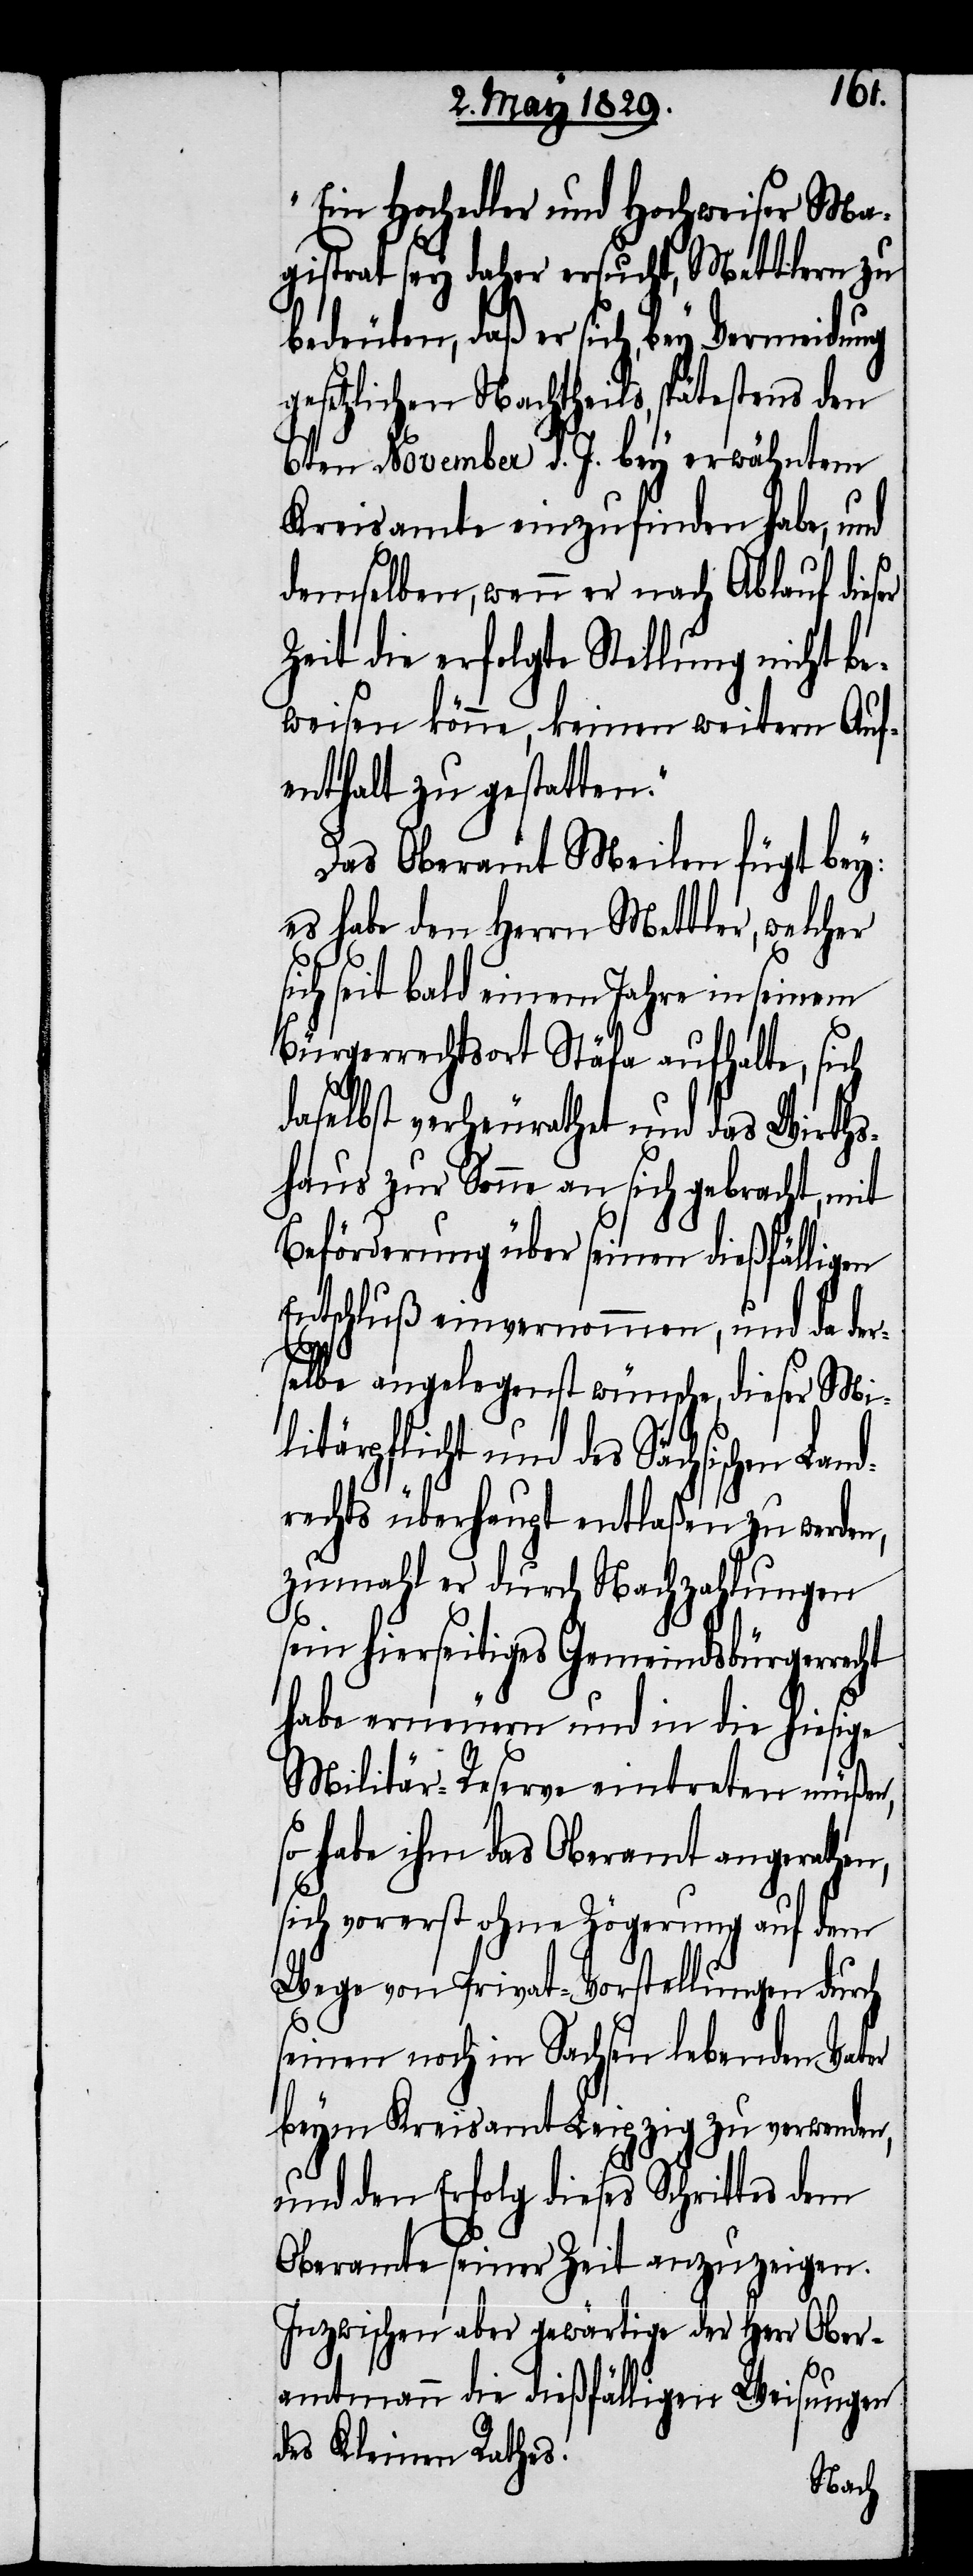
nd¬
Ein Hochedler und Hochweiser Ma¬
gistrat sey daher ersucht, Mettlern zu
bedeuten, daß er sich, bey Vermeidung
gesetzlichen Nachtheils, spätestens den
6ten November d. J. bey erwähntem
Kreisamte einzufinden habe, und
demselben, wenn er nach Ablauf dieser
Zeit die erfolgte Stellung nicht be¬
weisen könne, keinen weitern Auf¬
enthalt zu gestatten.“
Das Oberamt Meilen fügt bey:
es habe den Herrn Mettler, welcher
ich seit bald einem Jahr in seinem
Bürgerrechtsorte Stäfa aufhalte, sich
daselbst verheurathet und das Wirths¬
haus zur Sonne an sich gebracht, mit
Beförderung über seinen dießfälligen
Entschluß einvernommen, und da der¬
selbe angelegenst wünsche, dieser Mi¬
litärpflicht und des Sächsischen La¬
rechts überhaupt entlaßen zu werden,
zumahl er durch Nachzahlungen
sein hierseitiges Gemeindsbürgerrecht
habe erneuern und in die hiesige
Militär-Reserve eintreten müßen,
so habe ihm das Oberamt angerathen,
sich vorerst ohne Zögerung auf dem
Wege von Privat-Vorstellungen durch
seinen noch in Sachsen lebenden Vater
beym Kreisamt Leipzig zu verwenden,
und den Erfolg dieses Schrittes dem
Oberamte seiner Zeit anzuzeigen.
Inzwischen aber gewärtige der Herr Ober¬
amtmann die dießfälligen Weisungen
des Kleinen Rathes.